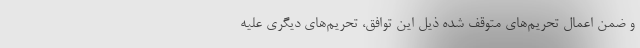
و ضمن اعمال تحریم‌های متوقف شده ذیل این توافق، تحریم‌های دیگری علیه